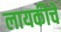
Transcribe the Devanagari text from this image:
लायकीचे